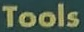
Tools